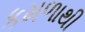
કમળાથી